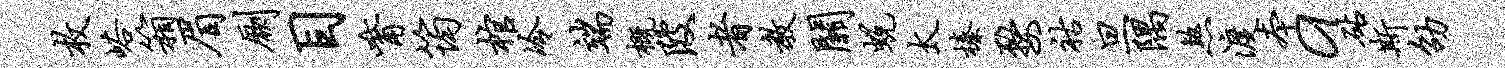
枚峪箱眉劂目觜筠棺冷端概陂者教关蜕太榛婺祜旦隅煞渡本a砧斯劭